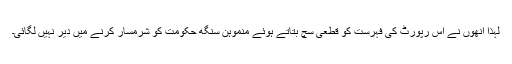
لہٰذا انھوں نے اس رپورٹ کی فہرست کو قطعی سچ بتاتے ہوئے منموہن سنگھ حکومت کو شرمسار کرنے میں دیر نہیں لگائی۔